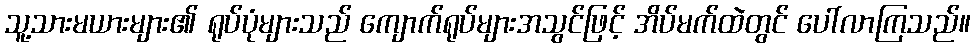
သူ့သားမယားများ၏ ရုပ်ပုံများသည် ကျောက်ရုပ်များအသွင်ဖြင့် အိပ်မက်ထဲတွင် ပေါ်လာကြသည်။